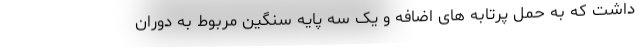
داشت که به حمل پرتابه های اضافه و یک سه پایه سنگین مربوط به دوران